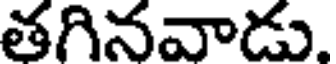
తగినవాడు.